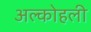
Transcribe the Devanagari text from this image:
अल्कोहली